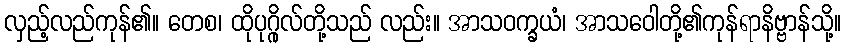
လှည့်လည်ကုန်၏။ တေစ၊ ထိုပုဂ္ဂိုလ်တို့သည် လည်း။ အာသဝက္ခယံ၊ အာသဝေါတို့၏ကုန်ရာနိဗ္ဗာန်သို့။